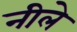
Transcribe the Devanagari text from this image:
नीले